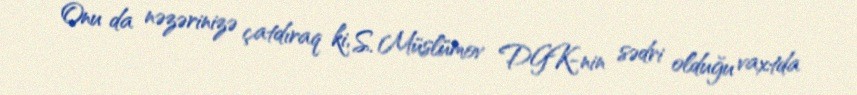
Onu da nəzərinizə çatdıraq ki, S. Müslümov DGK-nin sədri olduğu vaxtda